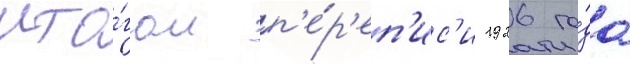
ито́гам п'е́р'еп'ис'и 1926 го́да